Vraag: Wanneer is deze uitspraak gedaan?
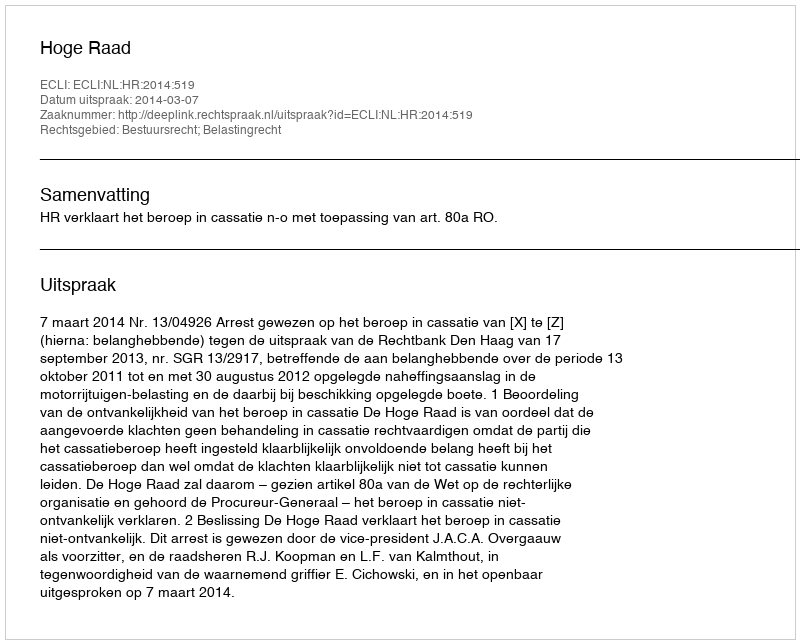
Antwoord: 2014-03-07